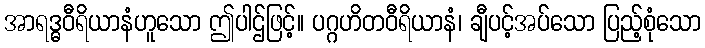
အာရဒ္ဓဝီရိယာနံဟူသော ဤပါဌ်ဖြင့်။ ပဂ္ဂဟိတဝီရိယာနံ၊ ချီပင့်အပ်သော ပြည့်စုံသော